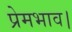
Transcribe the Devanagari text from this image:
प्रेमभाव।